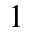
^ { 1 }